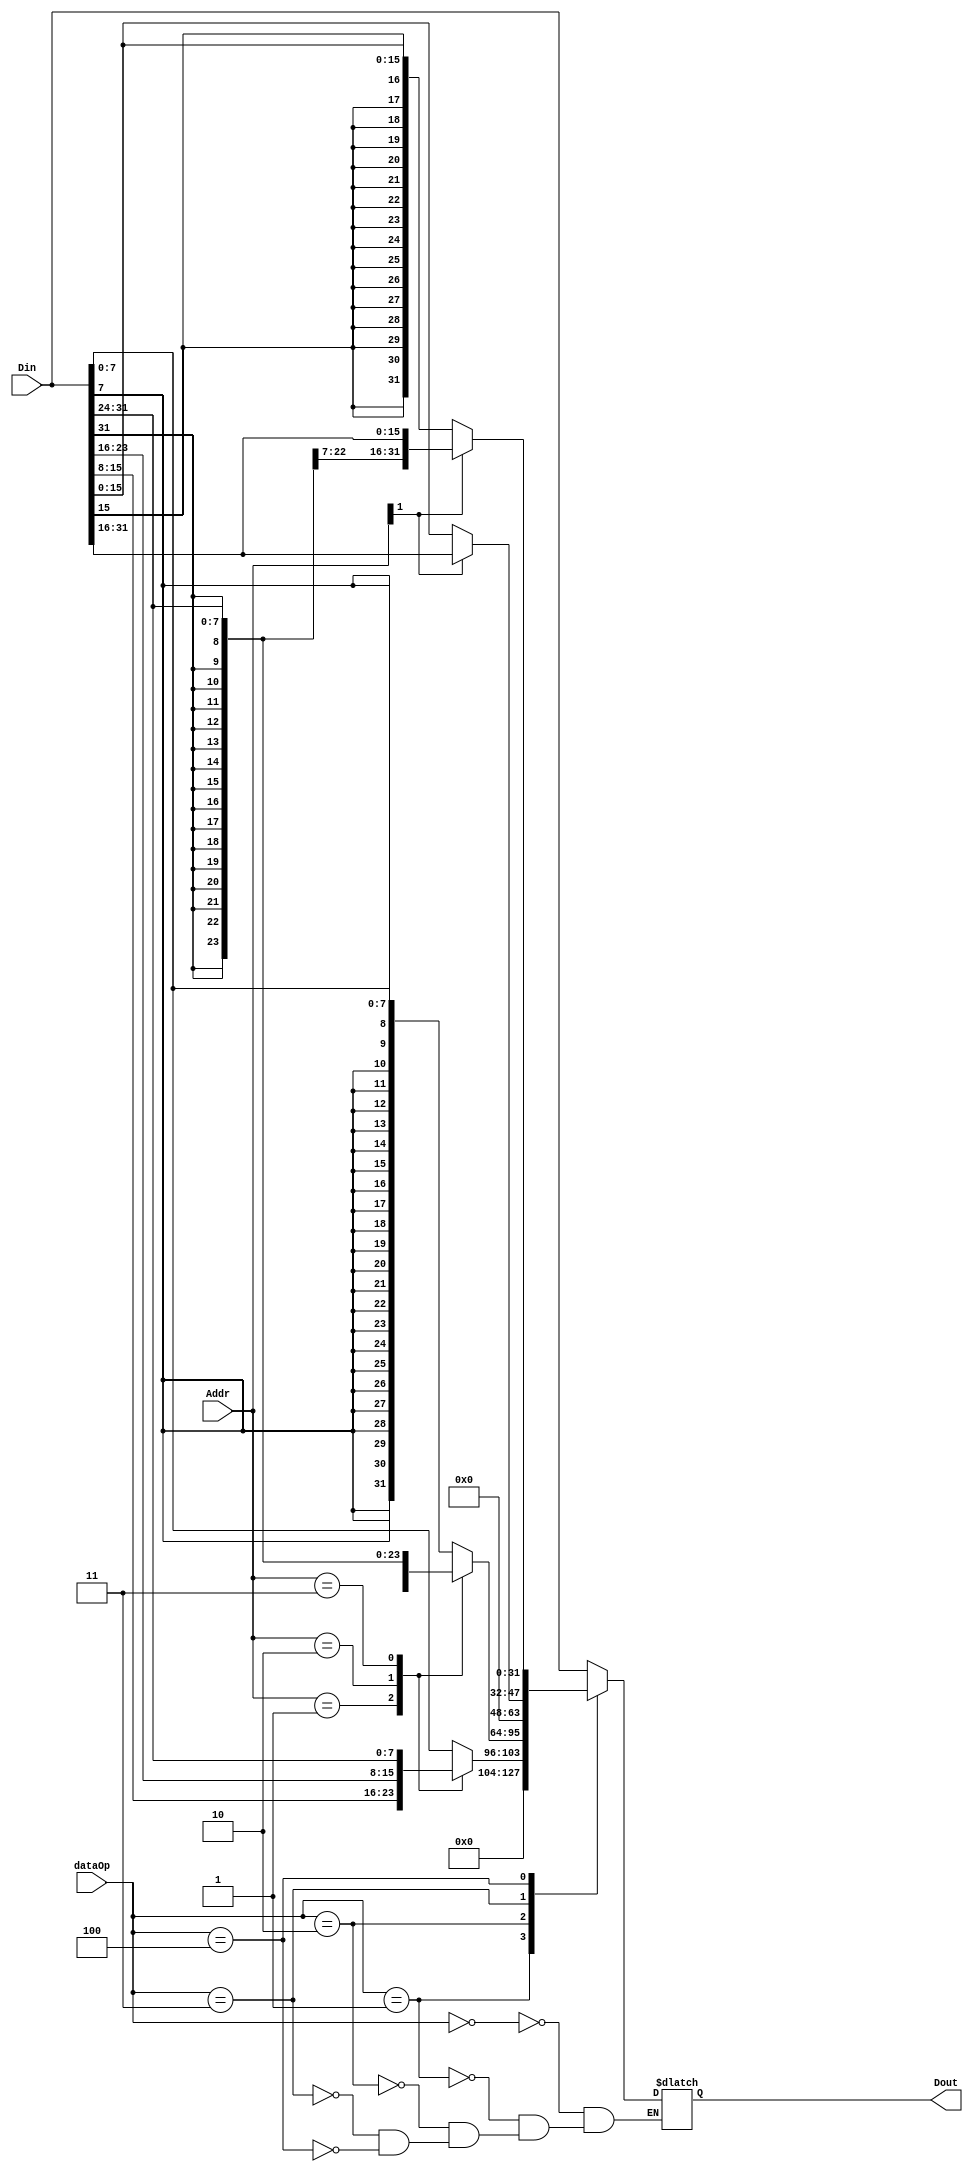
`timescale 1ns / 1ps
//////////////////////////////////////////////////////////////////////////////////
// Company: 
// Engineer: 
// 
// Design Name: 
// Module Name:    DataExt 
// Project Name: 
// Target Devices: 
// Tool versions: 
// Description: 
//
// Dependencies: 
//
// Revision: 
// Revision 0.01 - File Created
// Additional Comments: 
//
//////////////////////////////////////////////////////////////////////////////////
module DataExt(
    input [31:0] Din,
    input [2:0] dataOp,
    input [1:0] Addr,
    output reg[31:0] Dout
    );

	always@(*) begin
		case(dataOp)
			3'b000: Dout<=Din;
			3'b001: begin//lbu
				case(Addr)
					2'b00: Dout<={24'b0,Din[7:0]};
					2'b01: Dout<={24'b0,Din[15:8]};
					2'b10: Dout<={24'b0,Din[23:16]};
					2'b11: Dout<={24'b0,Din[31:24]};
				endcase
			end
			3'b010: begin//lb
				case(Addr)
					2'b00: Dout<={{24{Din[7]}},Din[7:0]};
					2'b01: Dout<={{24{Din[15]}},Din[15:8]};
					2'b10: Dout<={{24{Din[23]}},Din[23:16]};
					2'b11: Dout<={{24{Din[31]}},Din[31:24]};
				endcase
			end
			3'b011: begin//lhu
				case(Addr[1])
					1'b0: Dout<={24'b0,Din[15:0]};
					1'b1: Dout<={24'b0,Din[31:16]};
				endcase
			end
			3'b100: begin//lh
				case(Addr[1])
					1'b0: Dout<={{16{Din[15]}},Din[15:0]};
					1'b1: Dout<={{16{Din[31]}},Din[31:16]};
				endcase
			end
		endcase	
	end
endmodule